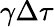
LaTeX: \gamma\Delta\tau